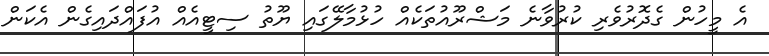
އެ މީހުން ގެދޮރުވެރި ކުރުވާނެ މަޝްރޫއުތަކެއް ހުޅުމާލޭގައި ޔޫތު ސިޓީއެއް އުފައްދައިގެން އެކަން